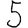
Digit: 5